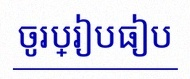
ចូរប្រៀបធៀប